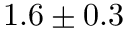
1 . 6 \pm 0 . 3